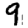
Digit: 9